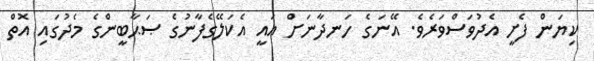
ކިޔަން ފެށީ އެދުވަސްވަރެވެ. އޭނަގެ ހަނދާނަށް އައީ އެކަލޭގެފާނުގެ ޞަޙާބީންގެ މެދުގައި އޮތް